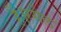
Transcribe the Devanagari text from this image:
हैं।रसेल